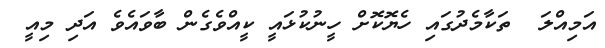
އަމިއްލަ  ތަކާމެދުގައި ހެޔޮކޮށް ހީނުކުޅައީ ކީއްވެގެން ބާވައެވެ އަދި މިއީ